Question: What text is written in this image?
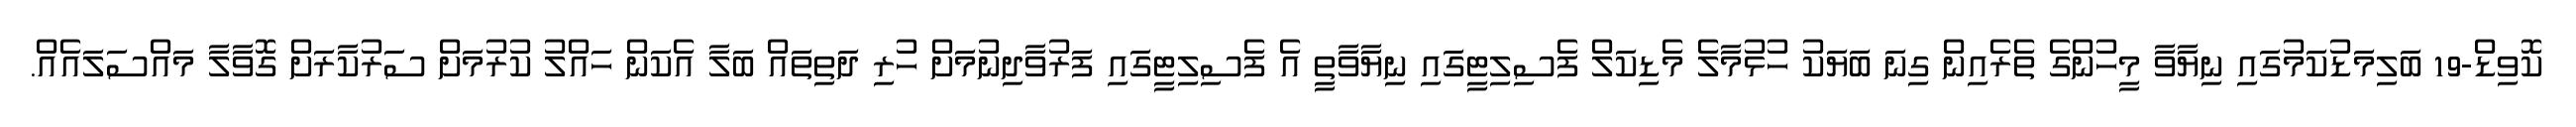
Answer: ކޮވިޑް-19 ބަލިމަޑުކަމުގައި ނިޔާވާ މީހުންގެ ތެރެއިން ގިނަ ބަޔަކު ހުޅުމާލެ މެޑިކަލް ފެސިލިޓީގައި ނިޔާވާތީ އެ ފެސިލިޓީގައި ފަރުވާދިނުމަށް ހުރި ދަތިތައް ބަލާ އެކަން ހައްލު ކުރުމަށް ސަރުކާރަށް ގޮވާލާ މައްސަލައެއް.